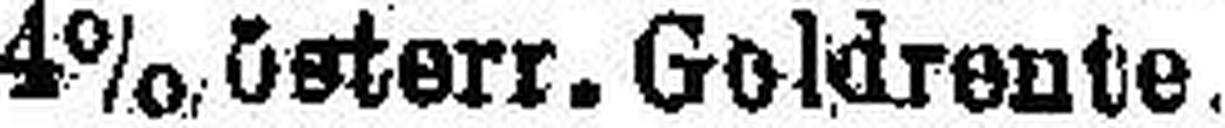
4% österr. Goldrente.